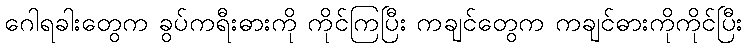
ဂေါရခါးတွေက ခွပ်ကရီးဓားကို ကိုင်ကြပြီး ကချင်တွေက ကချင်ဓားကိုကိုင်ပြီး